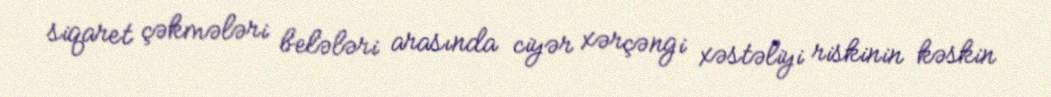
siqaret çəkmələri belələri arasında ciyər xərçəngi xəstəliyi riskinin kəskin